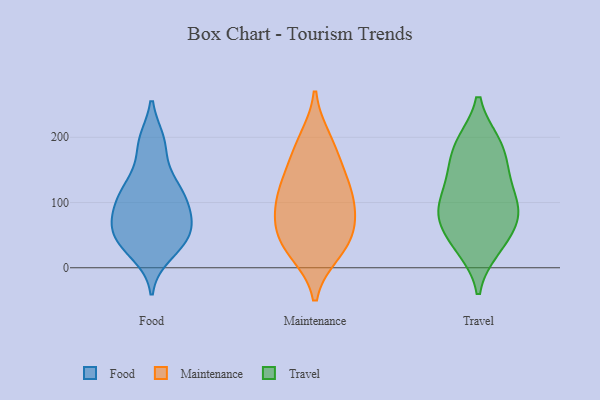
{"axis": {"x": "Shipments", "y": "Value"}, "legend": ["Food", "Maintenance", "Travel"], "data": [{"x": "", "y": 129, "type": "Food"}, {"x": "", "y": 188, "type": "Food"}, {"x": "", "y": 60, "type": "Food"}, {"x": "", "y": 42, "type": "Food"}, {"x": "", "y": 85, "type": "Food"}, {"x": "", "y": 107, "type": "Food"}, {"x": "", "y": 128, "type": "Food"}, {"x": "", "y": 130, "type": "Food"}, {"x": "", "y": 110, "type": "Food"}, {"x": "", "y": 96, "type": "Food"}, {"x": "", "y": 64, "type": "Food"}, {"x": "", "y": 59, "type": "Food"}, {"x": "", "y": 93, "type": "Food"}, {"x": "", "y": 45, "type": "Food"}, {"x": "", "y": 21, "type": "Food"}, {"x": "", "y": 193, "type": "Food"}, {"x": "", "y": 193, "type": "Food"}, {"x": "", "y": 37, "type": "Food"}, {"x": "", "y": 32, "type": "Food"}, {"x": "", "y": 67, "type": "Food"}, {"x": "", "y": 45, "type": "Maintenance"}, {"x": "", "y": 31, "type": "Maintenance"}, {"x": "", "y": 142, "type": "Maintenance"}, {"x": "", "y": 25, "type": "Maintenance"}, {"x": "", "y": 117, "type": "Maintenance"}, {"x": "", "y": 117, "type": "Maintenance"}, {"x": "", "y": 178, "type": "Maintenance"}, {"x": "", "y": 74, "type": "Maintenance"}, {"x": "", "y": 98, "type": "Maintenance"}, {"x": "", "y": 65, "type": "Maintenance"}, {"x": "", "y": 195, "type": "Maintenance"}, {"x": "", "y": 40, "type": "Travel"}, {"x": "", "y": 191, "type": "Travel"}, {"x": "", "y": 149, "type": "Travel"}, {"x": "", "y": 84, "type": "Travel"}, {"x": "", "y": 191, "type": "Travel"}, {"x": "", "y": 30, "type": "Travel"}, {"x": "", "y": 78, "type": "Travel"}, {"x": "", "y": 140, "type": "Travel"}, {"x": "", "y": 104, "type": "Travel"}, {"x": "", "y": 83, "type": "Travel"}]}